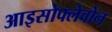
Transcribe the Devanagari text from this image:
आइसोफ्लेवोन